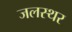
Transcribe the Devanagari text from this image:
जलस्थर